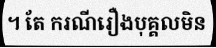
។ តែ ករណីរឿងបុគ្គលមិន